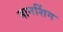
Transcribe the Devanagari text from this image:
मानशिंग